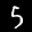
Label: 5